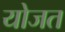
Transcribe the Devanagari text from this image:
योजत